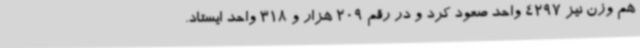
هم وزن نیز 4297 واحد صعود کرد و در رقم 209 هزار و 318 واحد ایستاد.